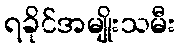
ရခိုင်အမျိုးသမီး